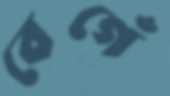
বেগেঁ